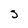
Character: D